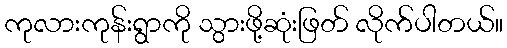
ကုလားကုန်းရွာကို သွားဖို့ဆုံးဖြတ် လိုက်ပါတယ်။